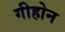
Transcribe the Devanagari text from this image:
गीहोन